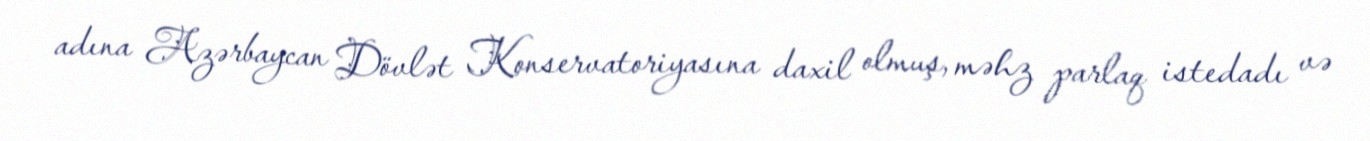
adına Azərbaycan Dövlət Konservatoriyasına daxil olmuş, məhz parlaq istedadı və